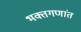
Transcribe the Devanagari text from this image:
भक्तगणांत